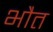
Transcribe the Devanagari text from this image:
भौत